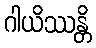
ဂါယိဿန္တိ